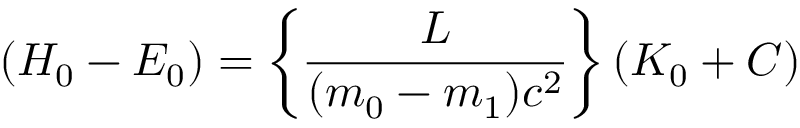
( H _ { 0 } - E _ { 0 } ) = \left\{ \frac { L } { ( m _ { 0 } - m _ { 1 } ) c ^ { 2 } } \right\} ( K _ { 0 } + C )